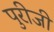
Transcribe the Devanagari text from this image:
पुरीजी